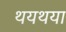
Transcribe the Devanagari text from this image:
थयथया